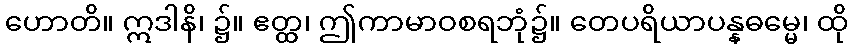
ဟောတိ။ ဣဒါနိ၊ ၌။ ဧတ္ထ၊ ဤကာမာဝစရဘုံ၌။ တေပရိယာပန္နဓမ္မေ၊ ထို